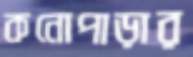
কনোপাড়ার